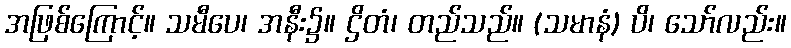
အဖြစ်ကြောင့်။ သမီပေ၊ အနီး၌။ ဌိတံ၊ တည်သည်။ (သမာနံ) ပိ၊ သော်လည်း။